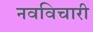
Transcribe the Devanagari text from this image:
नवविचारी